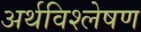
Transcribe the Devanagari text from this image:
अर्थविश्लेषण